Sketch of the medical history of the native army of Bombay, for the year
Year: 1870
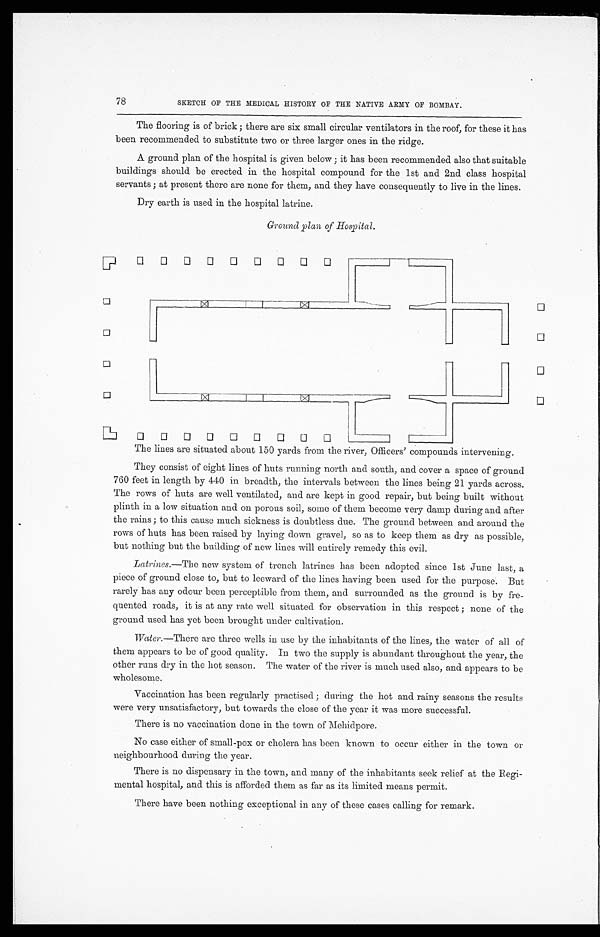
78
SKETCH OF THE MEDICAL HISTORY OF THE NATIVE ARMY OF BOMBAY.
The flooring is of brick; there are six small circular ventilators in the roof, for these it has
been recommended to substitute two or three larger ones in the ridge.
A ground plan of the hospital is given below; it has been recommended also that suitable
buildings should be erected in the hospital compound for the 1st and 2nd class hospital
servants; at present there are none for them, and they have consequently to live in the lines.
Dry earth is used in the hospital latrine.
Ground plan of Hospital.
The lines are situated about 150 yards from the river, Officers' compounds intervening.
They consist of eight lines of huts running north and south, and cover a space of ground
760 feet in length by 440 in breadth, the intervals between the lines being 21 yards across.
The rows of huts are well ventilated, and are kept in good repair, but being built without
plinth in a low situation and on porous soil, some of them become very damp during and after
the rains; to this cause much sickness is doubtless due. The ground between and around the
rows of huts has been raised by laying down gravel, so as to keep them as dry as possible,
but nothing but the building of new lines will entirely remedy this evil.
Latrines.—The new system of trench latrines has been adopted since 1st June last, a
piece of ground close to, but to leeward of the lines having been used for the purpose. But
rarely has any odour been perceptible from them, and surrounded as the ground is by fre-
quented roads, it is at any rate well situated for observation in this respect; none of the
ground used has yet been brought under cultivation.
Water. —There are three wells in use by the inhabitants of the lines, the water of all of
them appears to be of good quality. In two the supply is abundant throughout the year, the
other runs dry in the hot season. The water of the river is much used also, and appears to be
wholesome.
Vaccination has been regularly practised; during the hot and rainy seasons the results
were very unsatisfactory, but towards the close of the year it was more successful.
There is no vaccination done in the town of Mehidpore.
No case either of small-pox or cholera has been known to occur either in the town or
neighbourhood during the year.
There is no dispensary in the town, and many of the inhabitants seek relief at the Regi-
mental hospital, and this is afforded them as far as its limited means permit.
There have been nothing exceptional in any of these cases calling for remark.